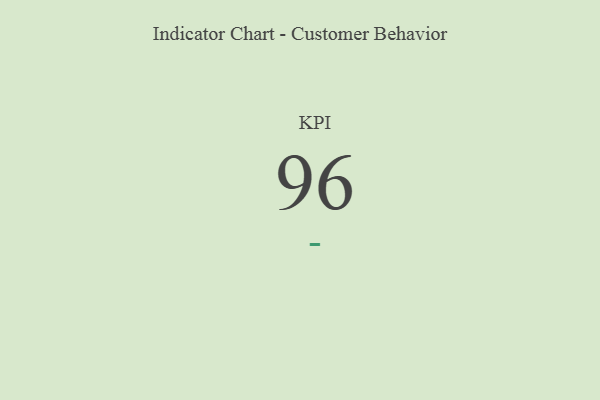
{"axis": {"x": "KPI", "y": "Value"}, "legend": [""], "data": [{"x": "KPI", "y": 96, "type": ""}]}